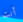
أنت